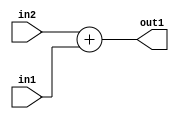
`timescale 1ps / 1ps
/*****************************************************************************
    Verilog RTL Description
    
    
    Created by: Stratus DpOpt 2019.1.01 
*******************************************************************************/

module st_weight_addr_gen_Add_16Ux6U_16U_4_10 (
	in2,
	in1,
	out1
	); /* architecture "behavioural" */ 
input [15:0] in2;
input [5:0] in1;
output [15:0] out1;
wire [15:0] asc001;

assign asc001 = 
	+(in2)
	+(in1);

assign out1 = asc001;
endmodule

/* CADENCE  ubLzTAk= : u9/ySgnWtBlWxVPRXgAZ4Og= ** DO NOT EDIT THIS LINE ******/